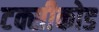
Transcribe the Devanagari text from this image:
टक्सीकोड